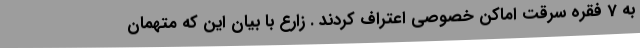
به 7 فقره سرقت اماکن خصوصی اعتراف کردند . زارع با بیان این که متهمان